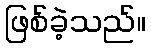
ဖြစ်ခဲ့သည်။